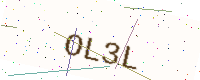
Text: OL3L